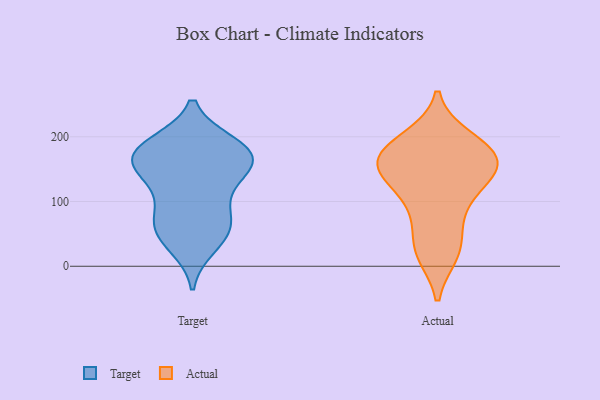
{"axis": {"x": "Revenue (USD Million)", "y": "Value"}, "legend": ["Actual", "Target"], "data": [{"x": "", "y": 158, "type": "Target"}, {"x": "", "y": 186, "type": "Target"}, {"x": "", "y": 187, "type": "Target"}, {"x": "", "y": 189, "type": "Target"}, {"x": "", "y": 80, "type": "Target"}, {"x": "", "y": 40, "type": "Target"}, {"x": "", "y": 177, "type": "Target"}, {"x": "", "y": 150, "type": "Target"}, {"x": "", "y": 73, "type": "Target"}, {"x": "", "y": 156, "type": "Target"}, {"x": "", "y": 160, "type": "Target"}, {"x": "", "y": 173, "type": "Target"}, {"x": "", "y": 63, "type": "Target"}, {"x": "", "y": 31, "type": "Target"}, {"x": "", "y": 115, "type": "Target"}, {"x": "", "y": 60, "type": "Target"}, {"x": "", "y": 130, "type": "Target"}, {"x": "", "y": 29, "type": "Actual"}, {"x": "", "y": 87, "type": "Actual"}, {"x": "", "y": 20, "type": "Actual"}, {"x": "", "y": 197, "type": "Actual"}, {"x": "", "y": 185, "type": "Actual"}, {"x": "", "y": 134, "type": "Actual"}, {"x": "", "y": 158, "type": "Actual"}, {"x": "", "y": 190, "type": "Actual"}, {"x": "", "y": 148, "type": "Actual"}, {"x": "", "y": 155, "type": "Actual"}, {"x": "", "y": 25, "type": "Actual"}, {"x": "", "y": 172, "type": "Actual"}, {"x": "", "y": 163, "type": "Actual"}, {"x": "", "y": 120, "type": "Actual"}, {"x": "", "y": 82, "type": "Actual"}, {"x": "", "y": 154, "type": "Actual"}]}